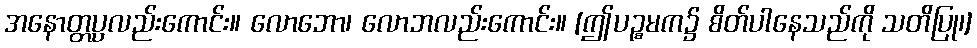
အနောတ္တပ္ပလည်းကောင်း။ လောဘော၊ လောဘလည်းကောင်း။ [ဤပဉ္စမက၌ စိတ်ပါနေသည်ကို သတိပြု၊]